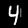
Label: 4